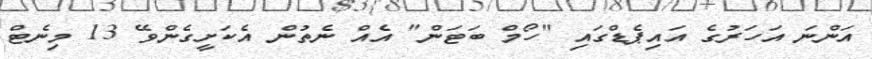
އަންނަ އަހަރުގެ އައިޕެޑްގައި "ހޯމް ބަޓަން" އެއް ނެތުން އެކަށީގެންވޭ 13 މިނެޓް